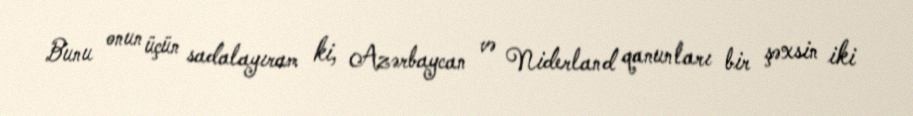
Bunu onun üçün sadalayıram ki, Azərbaycan və Niderland qanunları bir şəxsin iki